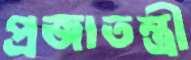
প্রজাতন্ত্রী